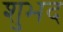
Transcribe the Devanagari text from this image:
शुभद